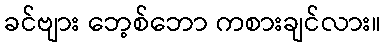
ခင်ဗျား ဘေ့စ်ဘော ကစားချင်လား။